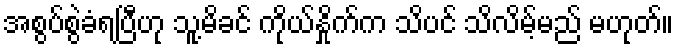
အစွပ်စွဲခံရပြီဟု သူ့မိခင် ကိုယ်နှိုက်က သိပင် သိလိမ့်မည် မဟုတ်။